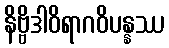
နိဗ္ဗိဒါဝိရာဂဝိပန္နဿ